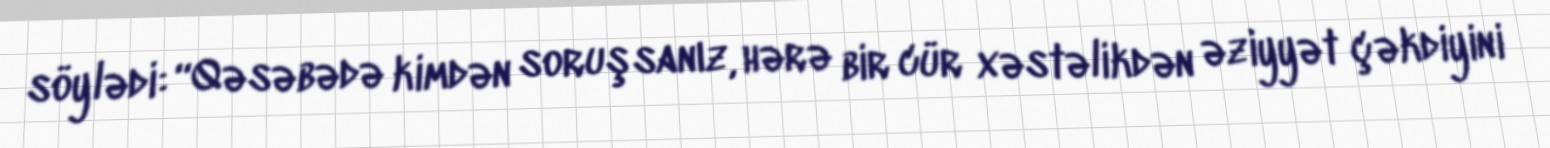
söylədi: “Qəsəbədə kimdən soruşsanız, hərə bir cür xəstəlikdən əziyyət çəkdiyini